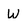
Character: W